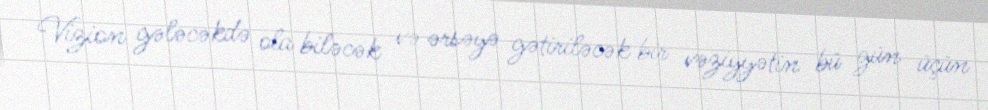
Vizion gələcəkdə ola biləcək və ərsəyə gətiriləcək bir vəziyyətin bü gün üçün